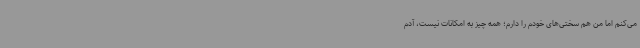
می‌کنم اما من هم سختی‌های خودم را دارم؛ همه چیز به امکانات نیست، آدم